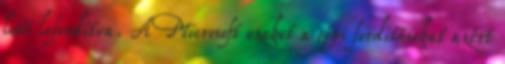
lett lefordítva. A Microsoft ezeket a gépi fordításokat azért